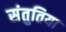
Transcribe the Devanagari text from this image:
संतुतिया